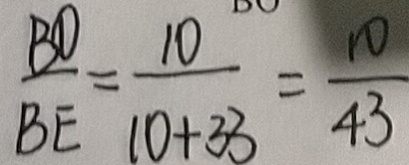
\frac { B O } { B E } = \frac { 1 0 } { 1 0 + 3 3 } = \frac { 1 0 } { 4 3 }